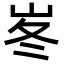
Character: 𡶞